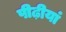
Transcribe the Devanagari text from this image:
पीढ़ीयां